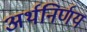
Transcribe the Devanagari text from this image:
अर्थनिर्णय